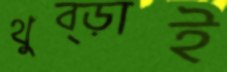
থুব্‌ড়াই